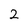
Character: 2